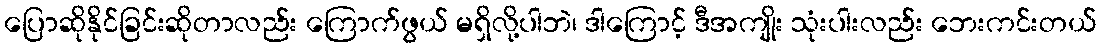
ပြောဆိုနိုင်ခြင်းဆိုတာလည်း ကြောက်ဖွယ် မရှိလို့ပါဘဲ၊ ဒါကြောင့် ဒီအကျိုး သုံးပါးလည်း ဘေးကင်းတယ်